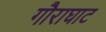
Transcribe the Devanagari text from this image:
गौराघाट